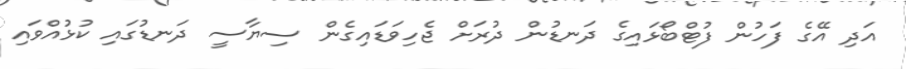
އަދި އޭގެ ފަހުން ފުޓްބޯޅައިގެ ދަނޑުން ދުރަށް ޖެހިވަޑައިގެން ސިޔާސީ ދަނޑުގައި ކުޅުއްވައި